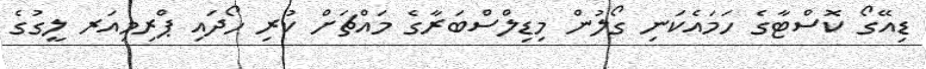
ޑިއޭގޯ ކޮސްޓާގެ ހަމައެކަނި ގޯލުން މިޑިލްސްބަރާގެ މައްޗަށް ކުރި ހޯދައި ޕްރިމިއަރ ލީގުގެ